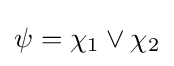
\psi =\chi _{1}\lor \chi _{2}